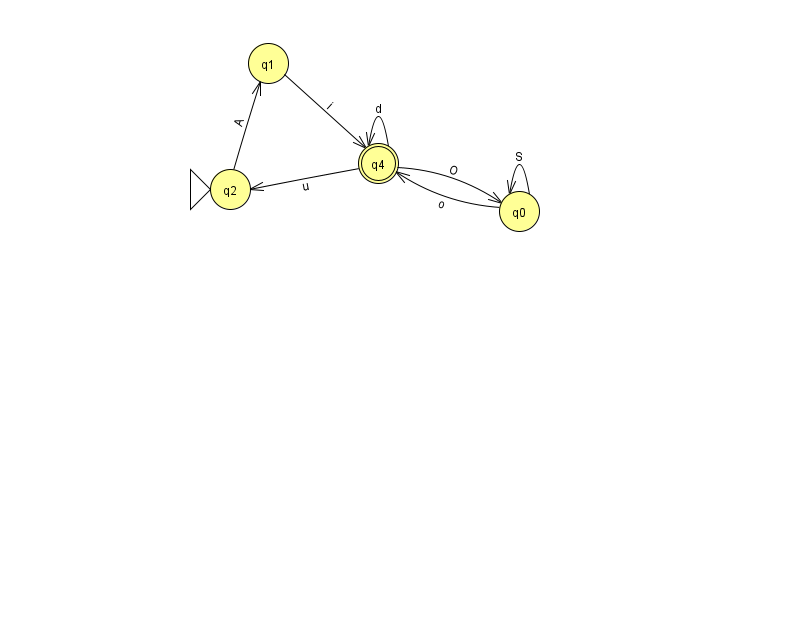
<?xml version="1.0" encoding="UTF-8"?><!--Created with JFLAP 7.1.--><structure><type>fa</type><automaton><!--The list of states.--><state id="0" name="q0"><x>519.0</x><y>198.0</y></state><state id="1" name="q1"><x>268.0</x><y>50.0</y></state><state id="2" name="q2"><x>230.0</x><y>176.0</y><initial/></state><state id="4" name="q4"><x>378.0</x><y>150.0</y><final/></state><!--The list of transitions.--><transition><from>0</from><to>0</to><read>S</read></transition><transition><from>4</from><to>4</to><read>d</read></transition><transition><from>0</from><to>4</to><read>o</read></transition><transition><from>4</from><to>0</to><read>O</read></transition><transition><from>4</from><to>2</to><read>u</read></transition><transition><from>2</from><to>1</to><read>A</read></transition><transition><from>1</from><to>4</to><read>i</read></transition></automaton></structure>